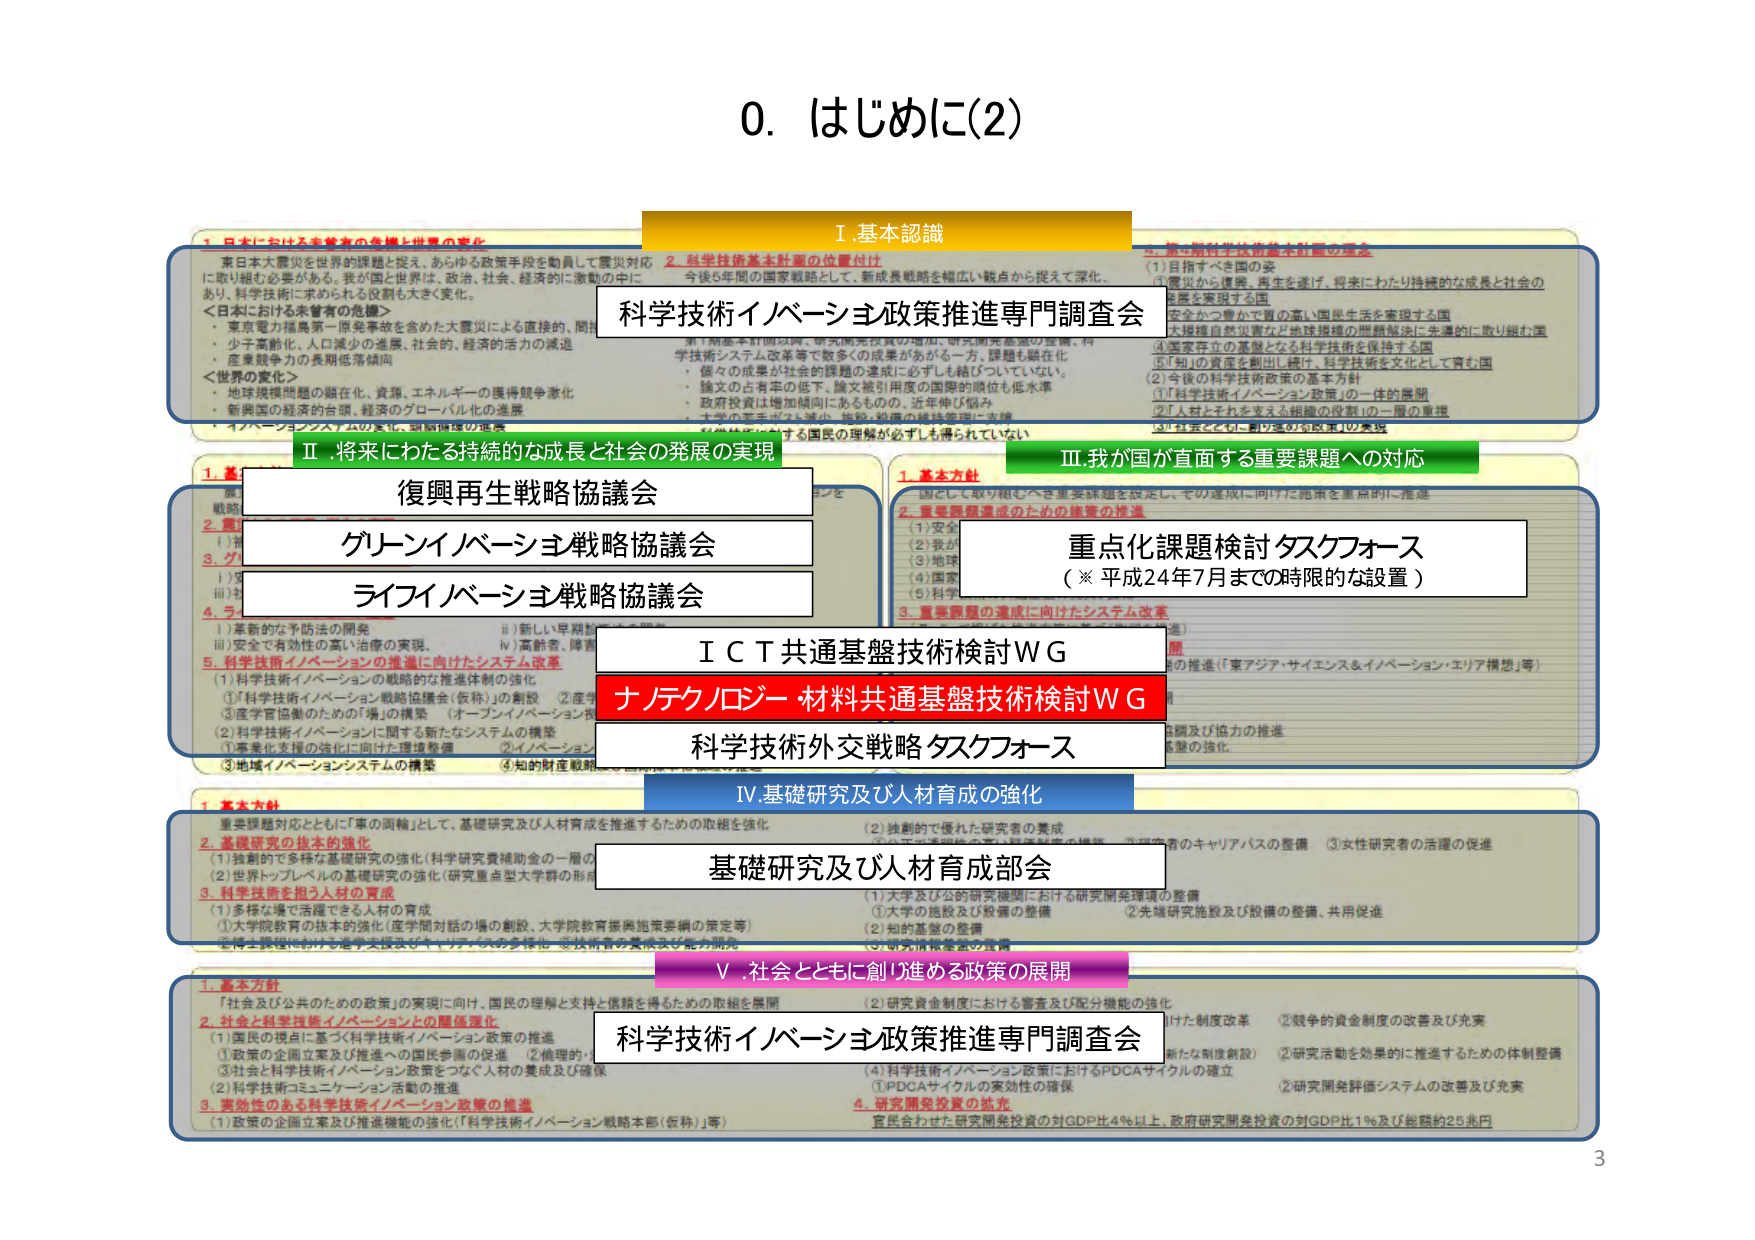
0. はじめに(2)

Ⅰ.基本認識

科学技術イノベーション政策推進専門調査会

1. 日本における未曽有の危機と世界の変化
・東日本大震災は世界的課題と捉え、あらゆる政策手段を動員して震災対応に取り組む必要がある。我が国と世界は、政治、社会、経済的に激動の中にあり、科学技術に求められる役割も大きく変化。
＜日本における未曽有の危機＞
・東京電力福島第一原発事故を含めた大震災による直接的、間接的影響
・少子高齢化、人口減少の進展、社会的・経済的活力の減退
・産業競争力の長期低落傾向
＜世界の変化＞
・地球規模問題の弱在化、貧困、エネルギーの獲得競争激化
・新興国の経済的台頭、経済のグローバル化の進展
・イノベーションシステムの変化、価値供給の再構

2. 科学技術基本計画の位置付け
今後5年間の国家戦略として、新成長戦略を幅広い観点から捉えて深化、
第1期基本計画以降、研究開発投資の増加、研究開発基盤の整備、科学技術システム改革等で数多くの成果がある一方、課題も顕在化
・個々の成果が社会的課題の達成に必ずしも結びついていない。
・論文の占有率の低下、論文被引用度の国際的順位も低水準
・政府投資は増加傾向にあるものの、近年伸び悩み
・大学の寄付金も減少、施設・設備の維持管理に支障
・有機的連携による国民の理解が必ずしも得られていない

3. 第4期科学技術基本計画の理念
(1) 目指すべき国への姿
①震災から復興、再生を遂げ、将来にわたり持続的な成長と社会の発展を実現する国
②安全かつ豊かで質の高い国民生活を実現する国
③大規模自然災害など地球規模の課題解決に先導的に取り組む国
④国家存立の基盤となる科学技術を保持する国
⑤「知」の資産を創出し、継承し、科学技術を文化として育む国
(2) 今後の科学技術政策の基本方針
①「科学技術イノベーション政策」の一体的展開
②「人材とそれを支える組織の役割」の一層の重視
③「社会とそのニーズ」の対応の強化

Ⅱ. 将来にわたる持続的な成長と社会の発展の実現

復興再生戦略協議会
グリーンイノベーション戦略協議会
ライフイノベーション戦略協議会

Ⅲ. 我が国が直面する重要課題への対応

重点化課題検討タスクフォース
（※ 平成24年7月までの時限的な設置）

1. 基本方針
国として取り組むべき重要課題を設定し、その達成に向けた施策を重点的に推進

2. 重要課題達成のための施策の推進
(1) 安全
(2) 我が
(3) 国家
(4) 国家
(5) 科学

3. 重要課題の達成に向けたシステム改革

5. 科学技術イノベーションの推進に向けたシステム改革
(1) 科学技術イノベーションの戦略的推進体制の強化
①「科学技術イノベーション戦略協議会（仮称）」の創設
②産学官協働のための「場」の構築（オープンイノベーション推進）
(2) 科学技術イノベーションに関する新たなシステムの構築
①産業化支援の強化に向けた環境整備
②イノベーション
(3) 地域イノベーションシステムの構築
(4) 知的財産戦略

ICT共通基盤技術検討WG
ナノテクノロジー・材料共通基盤技術検討WG
科学技術外交戦略タスクフォース

Ⅳ. 基礎研究及び人材育成の強化

基礎研究及び人材育成部会

1. 基本方針
重要課題対応とともに「事の両輪」として、基礎研究及び人材育成を推進するための取組を強化

2. 基礎研究の抜本的強化
(1) 独創的で多様な基礎研究の強化（科学研究費補助金の一層の強化）
(2) 世界トップレベルの基礎研究の強化（研究重点型大学群の形成）

3. 科学技術を担う人材の育成
(1) 多様な場で活躍できる人材の育成
①大学院教育の抜本的強化（産学間対話の場の創設、大学院教育振興施策要綱の策定等）
②博士課程における進学支援及びキャリアパスの多様化
③技術者の養成及び能力開発

(2) 独創的で優れた研究者の養成
①研究者個別の支援、研究制度の継続
②研究者のキャリアパスの整備
③女性研究者の活躍の促進

(1) 大学及び公的研究機関における研究開発環境の整備
①大学の施設及び設備の整備
②先端研究施設及び設備の整備、共用促進
(2) 知的基盤の整備
(3) 研究開発基盤の整備

Ⅴ. 社会とともに創り進める政策の展開

科学技術イノベーション政策推進専門調査会

1. 基本方針
「社会及び公共のための政策」の実現に向け、国民の理解と支持と信頼を得るための取組を展開

2. 社会と科学技術イノベーションの関係強化
(1) 国民の視点に基づく科学技術イノベーション政策の推進
①政策の企画立案及び推進への国民参画の促進
②倫理的・社会的配慮の強化
③社会と科学技術イノベーション政策をつなぐ人材の養成及び確保
(2) 科学技術コミュニケーション活動の推進

3. 要約性のある科学技術イノベーション政策の推進
(1) 政策の企画立案及び推進機能の強化（「科学技術イノベーション戦略本部（仮称）」等）

(2) 研究資金制度における審査及び配分機能の強化
①審査制度の改革（透明性の確保、客観的な制度改革）
②競争的資金制度の改善及び充実
③研究活動を効果的に推進するための体制整備
②研究開発評価システムの改善及び充実

(4) 科学技術イノベーション政策におけるPDCAサイクルの確立
①PDCAサイクルの実効性の確保

4. 研究開発投資の拡充
官民合わせた研究開発投資の対GDP比4%以上、政府研究開発投資の対GDP比1%及び総額約25兆円

3